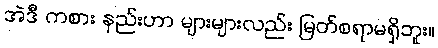
အဲဒီ ကစား နည်းဟာ များများလည်း မြတ်စရာမရှိဘူး။